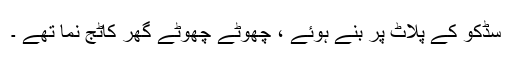
سڈکو کے پلاٹ پر بنے ہوئے ، چھوٹے چھوٹے گھر کاٹج نما تھے ۔